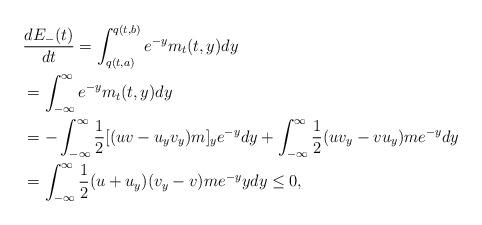
LaTeX: \begin{align*} &\frac{dE_-(t)}{dt}=\int_{q(t,a)}^{q(t,b)}e^{-y} m_t(t,y)dy\\ &=\int_{-\infty}^{\infty}e^{-y} m_t(t,y)dy\\ &=-\int_{-\infty}^{\infty}\frac{1}{2}[(uv-u_yv_y)m]_ye^{-y}dy +\int_{-\infty}^{\infty}\frac{1}{2}(uv_y-vu_y)me^{-y}dy\\ &=\int_{-\infty}^{\infty}\frac{1}{2}(u+u_y)(v_y-v)me^{-y}ydy\leq 0,\end{align*}